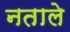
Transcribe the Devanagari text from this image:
नताले